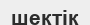
шектік